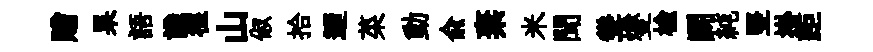
贈杲語識徨山俶拾迺菜動兪棄米聞聳燮楡鬬純竪掛距